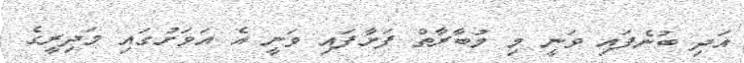
އަދި ބުނެފައި ވަނީ މި މުބާރާތް ފަށާފައި ވަނީ އެ އަވަށުގައި މަދިރީގެ